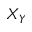
X _ { Y }